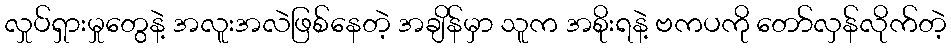
လှုပ်ရှားမှုတွေနဲ့ အလူးအလဲဖြစ်နေတဲ့ အချိန်မှာ သူက အစိုးရနဲ့ ဗကပကို တော်လှန်လိုက်တဲ့